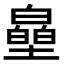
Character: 皨